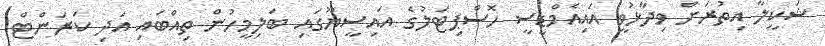
ޝަކީލާ އިތުރަށް ވިދާޅުވީ އައިއެމްޑީސީ ހޮސްޕިޓަލުގެ އައިސީޔޫގައި ބަލިމީހުން ތިއްބައި އަދި ކަރަންޓް